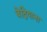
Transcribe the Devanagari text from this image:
बेद्रियाना